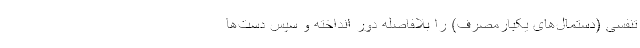
تنفسی (دستمال‌های یکبارمصرف) را بلافاصله دور انداخته و سپس دست‌ها